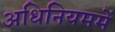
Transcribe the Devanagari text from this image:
अधिनियममें